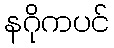
နဂိုကပင်